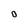
Character: 0